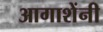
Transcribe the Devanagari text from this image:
आगाशेंनी